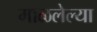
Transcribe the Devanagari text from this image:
माळलेल्या